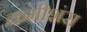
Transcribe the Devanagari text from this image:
कमीशंस